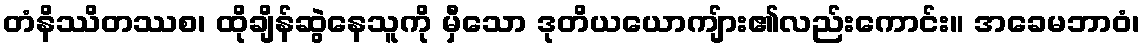
တံနိဿိတဿစ၊ ထိုချိန်ဆွဲနေသူကို မှီသော ဒုတိယယောကျ်ား၏လည်းကောင်း။ အခေမဘာဝံ၊